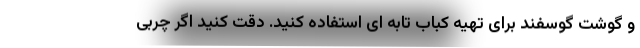
و گوشت گوسفند برای تهیه کباب تابه ای استفاده کنید. دقت کنید اگر چربی